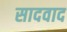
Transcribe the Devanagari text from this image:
सादवाद